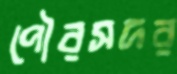
পৌরসদর